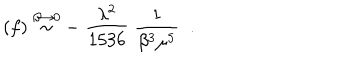
( f ) \stackrel { \beta \rightarrow 0 } { \sim } - \; \frac { \lambda ^ { 2 } } { 1 5 3 6 } \; { \frac { 1 } { \beta ^ { 3 } \mu ^ { 5 } } } \; \; .